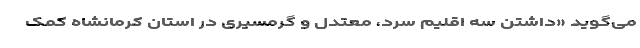
می‌گوید «داشتن سه اقلیم سرد، معتدل و گرمسیری در استان کرمانشاه کمک